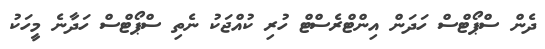
ދެން ސްޕޯޓްސް ހަދަން އިންޓްރެސްޓް ހުރި ކުއްޖަކު ނެތި ސްޕޯޓްސް ހަދާނެ މީހަކު